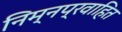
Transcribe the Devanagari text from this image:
निम्नप्रवाहित